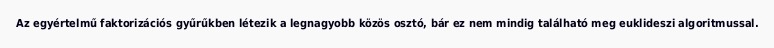
Az egyértelmű faktorizációs gyűrűkben létezik a legnagyobb közös osztó, bár ez nem mindig található meg euklideszi algoritmussal.